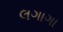
લગાગા